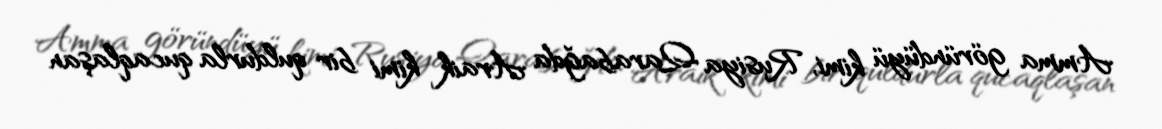
Amma göründüyü kimi, Rusiya Qarabağda Araik kimi bir quldurla qucaqlaşan